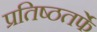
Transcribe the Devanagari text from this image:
प्रतिष्ठतर्फे